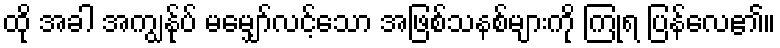
ထို အခါ အကျွန်ုပ် မမျှော်လင့်သော အဖြစ်သနစ်များကို ကြုံရ ပြန်လေ၏။